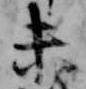
未